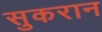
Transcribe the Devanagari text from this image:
सुकरान